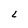
Character: L